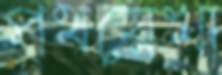
পথরেখা